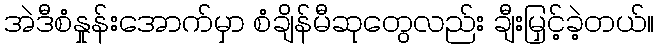
အဲဒီစံနှုန်းအောက်မှာ စံချိန်မီဆုတွေလည်း ချီးမြှင့်ခဲ့တယ်။